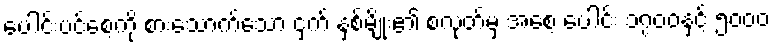
ပေါင်းပင်စေ့ကို စားသောက်သော ငှက် နှစ်မျိုး၏ စလုတ်မှ အစေ့ ပေါင်း ၁၇၀၀နှင့် ၅၀၀၀